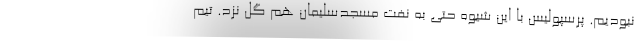
نبودیم. پرسپولیس با این شیوه حتی به نفت مسجدسلیمان هم گل نزد. تیم